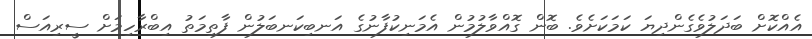
އެއްކޮށް ބަދަލުވެގެންދިޔަ ކަމަކަށެވެ. ބޮން ގޮއްވާލުމުން އެމަނިކުފާނުގެ އަނބިކަނބަލުން ފާތިމަތު އިބްރާހިމަށް ސީރިއަސް